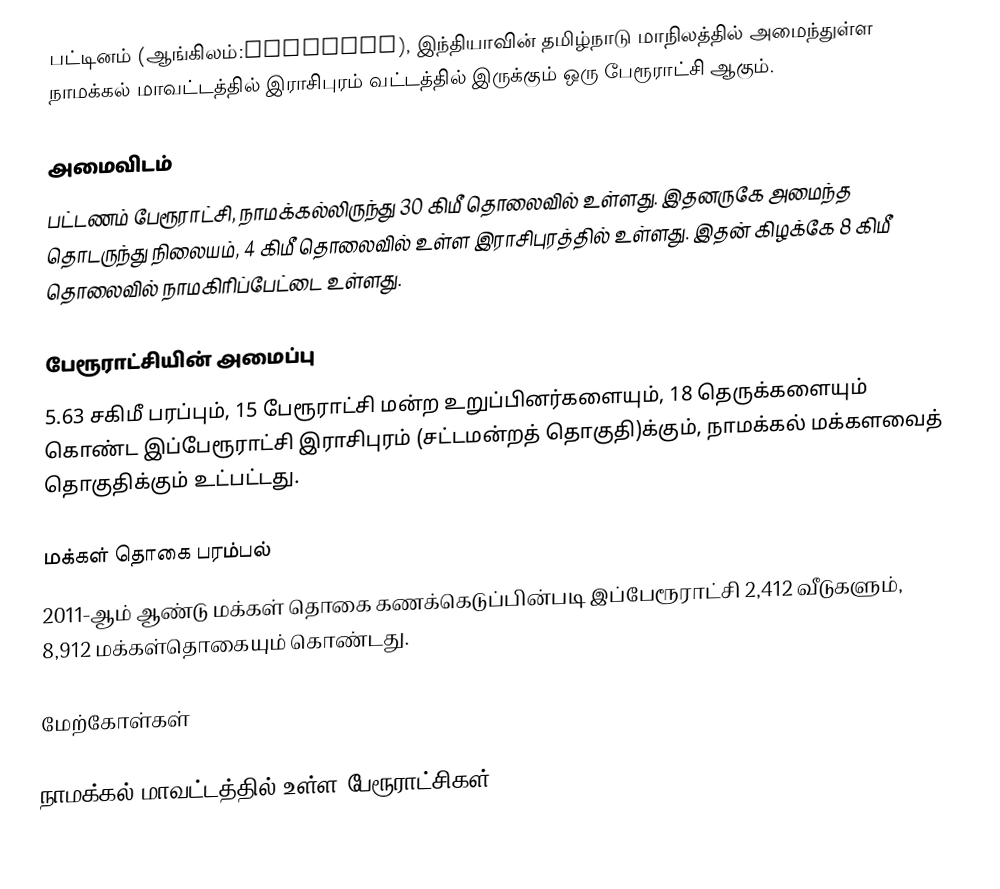
பட்டினம் (ஆங்கிலம்:Pattinam), இந்தியாவின் தமிழ்நாடு மாநிலத்தில் அமைந்துள்ள நாமக்கல் மாவட்டத்தில் இராசிபுரம் வட்டத்தில் இருக்கும் ஒரு பேரூராட்சி ஆகும்.

அமைவிடம்
பட்டணம் பேரூராட்சி, நாமக்கல்லிருந்து 30 கிமீ தொலைவில் உள்ளது. இதனருகே அமைந்த தொடருந்து நிலையம், 4 கிமீ தொலைவில் உள்ள இராசிபுரத்தில் உள்ளது. இதன் கிழக்கே 8 கிமீ தொலைவில் நாமகிரிப்பேட்டை உள்ளது.

பேரூராட்சியின் அமைப்பு
5.63 சகிமீ பரப்பும்,  15 பேரூராட்சி மன்ற  உறுப்பினர்களையும், 18 தெருக்களையும் கொண்ட இப்பேரூராட்சி இராசிபுரம்   (சட்டமன்றத் தொகுதி)க்கும், நாமக்கல் மக்களவைத் தொகுதிக்கும் உட்பட்டது.

மக்கள் தொகை பரம்பல்
2011-ஆம் ஆண்டு மக்கள் தொகை கணக்கெடுப்பின்படி  இப்பேரூராட்சி   2,412     வீடுகளும்,  8,912 மக்கள்தொகையும் கொண்டது.

மேற்கோள்கள்

நாமக்கல் மாவட்டத்தில் உள்ள பேரூராட்சிகள்